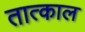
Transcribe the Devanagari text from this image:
तात्काल